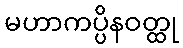
မဟာကပ္ပိနဝတ္ထု